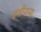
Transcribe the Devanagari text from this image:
इंजींनाना